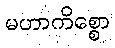
မဟာကိစ္စော